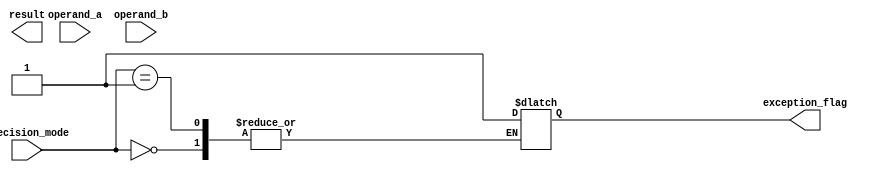
module mixed_precision_unit(
    input wire [63:0] operand_a,
    input wire [63:0] operand_b,
    input wire [1:0] precision_mode, // 00: single precision, 01: double precision
    output reg [63:0] result,
    output reg exception_flag
);

always @(*) begin
    case(precision_mode)
        2'b00: begin // single precision
            // Add verilog code for single precision arithmetic operations here
        end
        2'b01: begin // double precision
            // Add verilog code for double precision arithmetic operations here
        end
        default: begin
            exception_flag = 1; // invalid precision mode
        end
    endcase
end

endmodule